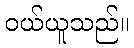
ဝယ်ယူသည်။